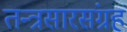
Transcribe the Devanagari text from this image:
तन्त्रसारसंग्रह